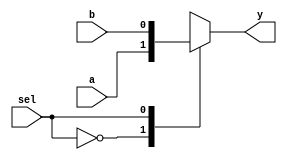
module mvp_mux2(
	y,
	sel,
	a,
	b
);
// synopsys template
parameter WIDTH = 1;

output [WIDTH-1:0] y;
reg [WIDTH-1:0] y;

input  sel;
input  [WIDTH-1:0] a;
input  [WIDTH-1:0] b;

// Comments for verilint
//verilint 550 off  // Mux is inferred

always @(sel or a or b)
begin
	case(sel)
		1'b0 :		y = a;
		1'b1 : 		y = b;
		default: 	y = {WIDTH{1'bx}};
	endcase
end
//verilint 550 on  // Mux is inferred

endmodule